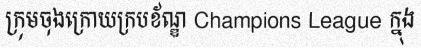
ក្រុមចុងក្រោយក្របខ័ណ្ឌ Champions League ក្នុង